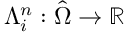
\Lambda _ { i } ^ { n } : \hat { \Omega } \to \mathbb R